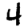
Digit: 4